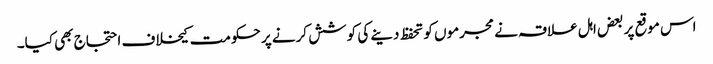
اس موقع پر بعض اہل علاقہ نے مجرموں کو تحفظ دینے کی کوشش کرنے پر حکومت کیخلاف احتجاج بھی کیا۔